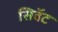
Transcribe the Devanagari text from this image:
सिवॅट